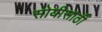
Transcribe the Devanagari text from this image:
सोयीसाठीं